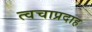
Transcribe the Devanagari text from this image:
त्वचाप्रदाह